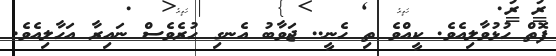
ފޮތް ހުޅުވާލިއެވެ. ކީއްވެ ތި ހެނީ.. ޖަވާބު އެނގި ހުރެވެސް ނައިރާ އަހާލިއެވެ.